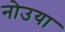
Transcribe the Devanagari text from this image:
नोउया